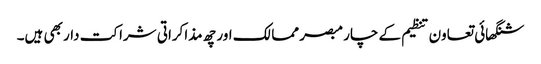
شنگھائی تعاون تنظیم کے چار مبصر ممالک اور چھ مذاکراتی شراکت دار بھی ہیں۔